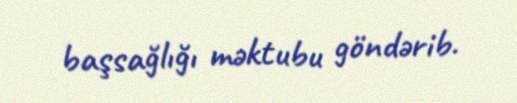
başsağlığı məktubu göndərib.